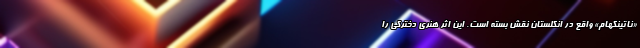
«ناتینگهام» واقع در انگلستان نقش بسته است. این اثر هنری دخترکی را